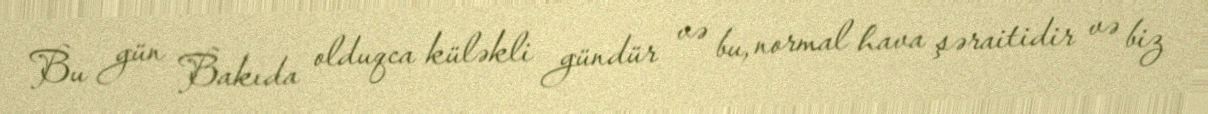
Bu gün Bakıda olduqca küləkli gündür və bu, normal hava şəraitidir və biz